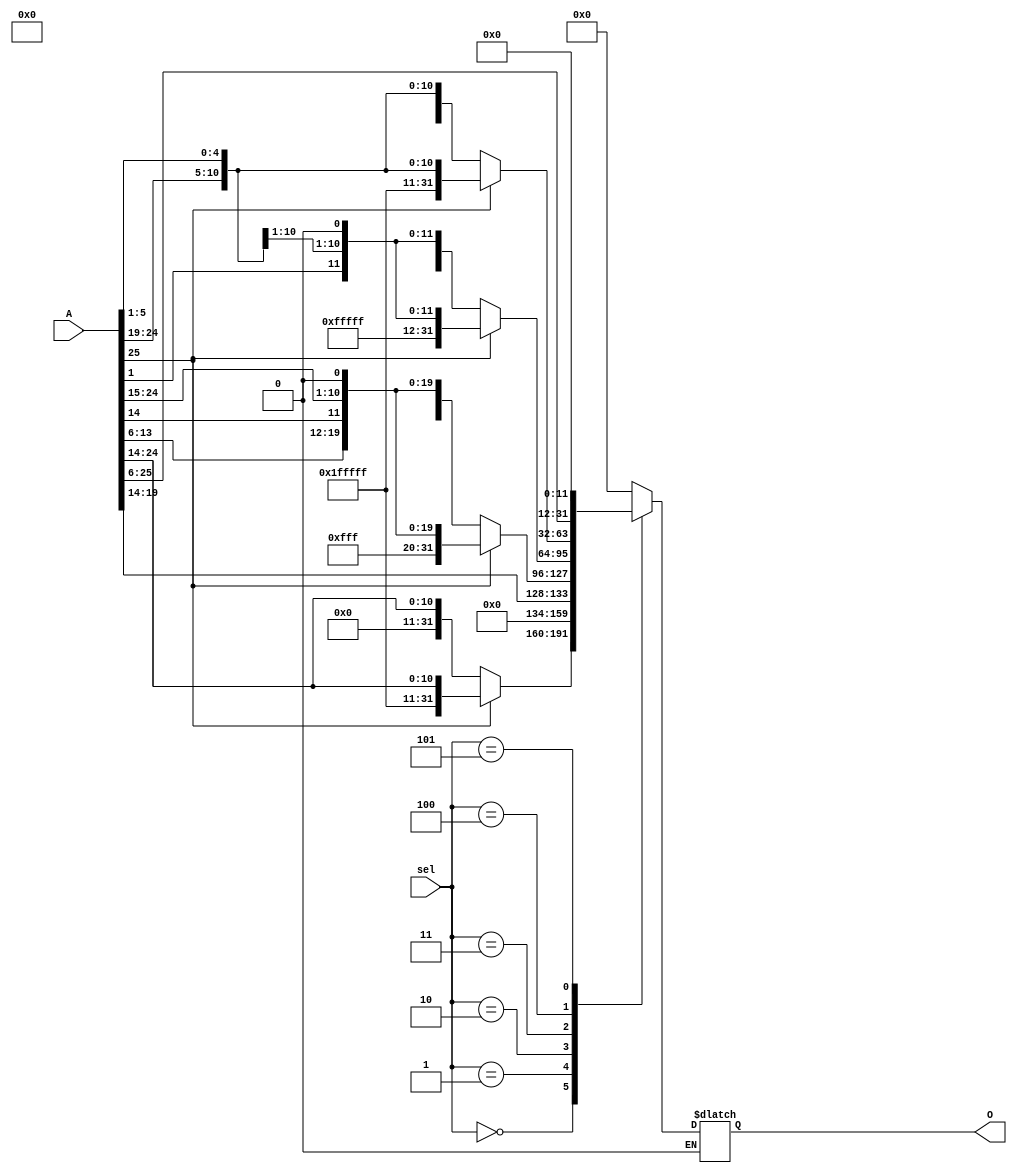
`timescale 1ns / 1ps
//////////////////////////////////////////////////////////////////////////////////
// Company: 
// Engineer: 
// 
// Design Name: 
// Module Name:    extend 
// Project Name: 
// Target Devices: 
// Tool versions: 
// Description: 
//
// Dependencies: 
//
// Revision: 
// Revision 0.01 - File Created
// Additional Comments: 
//
//////////////////////////////////////////////////////////////////////////////////

/*
- Objetivo del modulo
Este mdulo se crea para resolver las operaciones con inmediatos de las instrucciones de la RISCV

- Entradas
A: Contiene los bits 31:6 de la instruccion
sel: Le indica que hacer con los bits de entrada, dependiendo de la instruccin a realizar

- Salidas
O: Resultado con el inmediato a trabajar en las instrucciones


*/

module Extend(A, O, sel
    );
	 //es el encargado de extender los inmediatos ya que estos no son de 32bit
	//Definicion de entradas y salidas 
	input[2:0] sel;
	input[31:6] A;
	output reg[31:0] O;

	//Descripcion del MUX
	always @(*)
	begin
		case(sel)
			3'b000: // Para ANDI, XORI, ADDI, LW, LBU, JALR
				begin
				if (A[31]==1'b0)
					O={20'b0,A[31:20] };//inmediato positivo
				else if (A[31]==1'b1)
					O={20'hFFFFF ,A[31:20] };//inmediato negativo
				end
			3'b001:
				O={26'b0, A[25:20]}; //Para corrimientos SLLI, SRLI, SRAI
			3'b010://Para JAL multiplica por 2 y extend con signo
				begin
				if (A[31]==1'b0)
					O={11'b0,A[31],A[19:12],A[20],A[30:21],1'b0};//inmediato positivo
				else if (A[31]==1'b1)
					O={11'd2047,A[31],A[19:12],A[20],A[30:21],1'b0};//inmediato negativo
				end
			3'b011: //Para BNE
				begin
				if (A[31]==1'b0)
					O={19'b0,A[31],A[7],A[30:25],A[11:8],1'b0};//inmediato positivo
				else if (A[31]==1'b1)
					O={19'd524287,A[31],A[7],A[30:25],A[11:8],1'b0};//inmediato negativo
				end
			3'b100: //Para SW
				begin
				if (A[31]==1'b0)
					O={20'b0,A[31:25],A[11:7]};//inmediato positivo
				else if (A[31]==1'b1)
					O={20'd1048575,A[31:25],A[11:7]};//inmediato negativo
				end
			3'b101:
				O={A[31:12], 12'b0};//Para LUI	
			default:
				O=0;
		endcase
	end
endmodule